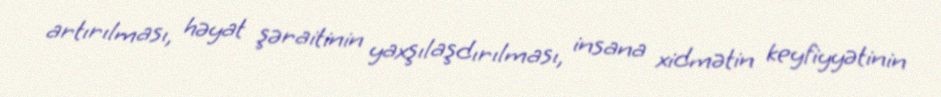
artırılması, həyat şəraitinin yaxşılaşdırılması, insana xidmətin keyfiyyətinin